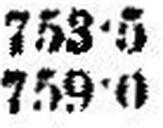
759•0